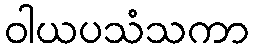
ဝါယပသံသကာ